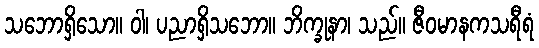
သဘောရှိသော။ ဝါ၊ ပညာရှိသဘော။ ဘိက္ခုနာ၊ သည်။ ဇီဝမာနကသရီရံ